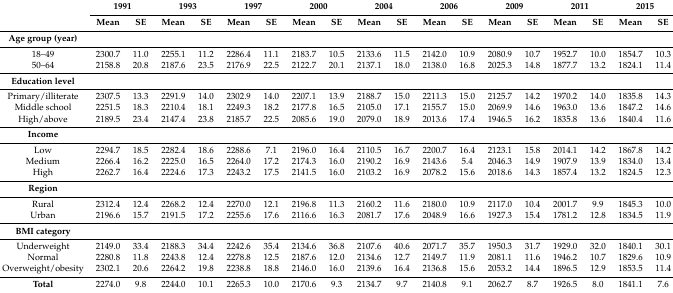
<table><thead><tr><td rowspan="2"></td><td colspan="2"><b>1991</b></td><td colspan="2"><b>1993</b></td><td colspan="2"><b>1997</b></td><td colspan="2"><b>2000</b></td><td colspan="2"><b>2004</b></td><td colspan="2"><b>2006</b></td><td colspan="2"><b>2009</b></td><td colspan="2"><b>2011</b></td><td colspan="2"><b>2015</b></td></tr><tr><td><b>Mean</b></td><td><b>SE</b></td><td><b>Mean</b></td><td><b>SE</b></td><td><b>Mean</b></td><td><b>SE</b></td><td><b>Mean</b></td><td><b>SE</b></td><td><b>Mean</b></td><td><b>SE</b></td><td><b>Mean</b></td><td><b>SE</b></td><td><b>Mean</b></td><td><b>SE</b></td><td><b>Mean</b></td><td><b>SE</b></td><td><b>Mean</b></td><td><b>SE</b></td></tr></thead><tbody><tr><td><b>Age group (year)</b></td><td></td><td></td><td></td><td></td><td></td><td></td><td></td><td></td><td></td><td></td><td></td><td></td><td></td><td></td><td></td><td></td><td></td><td></td></tr><tr><td>18–49</td><td>2300.7</td><td>11.0</td><td>2255.1</td><td>11.2</td><td>2286.4</td><td>11.1</td><td>2183.7</td><td>10.5</td><td>2133.6</td><td>11.5</td><td>2142.0</td><td>10.9</td><td>2080.9</td><td>10.7</td><td>1952.7</td><td>10.0</td><td>1854.7</td><td>10.3</td></tr><tr><td>50–64</td><td>2158.8</td><td>20.8</td><td>2187.6</td><td>23.5</td><td>2176.9</td><td>22.5</td><td>2122.7</td><td>20.1</td><td>2137.1</td><td>18.0</td><td>2138.0</td><td>16.8</td><td>2025.3</td><td>14.8</td><td>1877.7</td><td>13.2</td><td>1824.1</td><td>11.4</td></tr><tr><td><b>Education level</b></td><td></td><td></td><td></td><td></td><td></td><td></td><td></td><td></td><td></td><td></td><td></td><td></td><td></td><td></td><td></td><td></td><td></td><td></td></tr><tr><td>Primary/illiterate</td><td>2307.5</td><td>13.3</td><td>2291.9</td><td>14.0</td><td>2302.9</td><td>14.0</td><td>2207.1</td><td>13.9</td><td>2188.7</td><td>15.0</td><td>2211.3</td><td>15.0</td><td>2125.7</td><td>14.2</td><td>1970.2</td><td>14.0</td><td>1835.8</td><td>14.3</td></tr><tr><td>Middle school</td><td>2251.5</td><td>18.3</td><td>2210.4</td><td>18.1</td><td>2249.3</td><td>18.2</td><td>2177.8</td><td>16.5</td><td>2105.0</td><td>17.1</td><td>2155.7</td><td>15.0</td><td>2069.9</td><td>14.6</td><td>1963.0</td><td>13.6</td><td>1847.2</td><td>14.6</td></tr><tr><td>High/above</td><td>2189.5</td><td>23.4</td><td>2147.4</td><td>23.8</td><td>2185.7</td><td>22.5</td><td>2085.6</td><td>19.0</td><td>2079.0</td><td>18.9</td><td>2013.6</td><td>17.4</td><td>1946.5</td><td>16.2</td><td>1835.8</td><td>13.6</td><td>1840.4</td><td>11.6</td></tr><tr><td><b>Income</b></td><td></td><td></td><td></td><td></td><td></td><td></td><td></td><td></td><td></td><td></td><td></td><td></td><td></td><td></td><td></td><td></td><td></td><td></td></tr><tr><td>Low</td><td>2294.7</td><td>18.5</td><td>2282.4</td><td>18.6</td><td>2288.6</td><td>7.1</td><td>2196.0</td><td>16.4</td><td>2110.5</td><td>16.7</td><td>2200.7</td><td>16.4</td><td>2123.1</td><td>15.8</td><td>2014.1</td><td>14.2</td><td>1867.8</td><td>14.2</td></tr><tr><td>Medium</td><td>2266.4</td><td>16.2</td><td>2225.0</td><td>16.5</td><td>2264.0</td><td>17.2</td><td>2174.3</td><td>16.0</td><td>2190.2</td><td>16.9</td><td>2143.6</td><td>5.4</td><td>2046.3</td><td>14.9</td><td>1907.9</td><td>13.9</td><td>1834.0</td><td>13.4</td></tr><tr><td>High</td><td>2262.7</td><td>16.4</td><td>2224.6</td><td>17.3</td><td>2243.2</td><td>17.5</td><td>2141.5</td><td>16.0</td><td>2103.2</td><td>16.9</td><td>2078.2</td><td>15.6</td><td>2018.6</td><td>14.3</td><td>1857.4</td><td>13.2</td><td>1824.5</td><td>12.3</td></tr><tr><td><b>Region</b></td><td></td><td></td><td></td><td></td><td></td><td></td><td></td><td></td><td></td><td></td><td></td><td></td><td></td><td></td><td></td><td></td><td></td><td></td></tr><tr><td>Rural</td><td>2312.4</td><td>12.4</td><td>2268.2</td><td>12.4</td><td>2270.0</td><td>12.1</td><td>2196.8</td><td>11.3</td><td>2160.2</td><td>11.6</td><td>2180.0</td><td>10.9</td><td>2117.0</td><td>10.4</td><td>2001.7</td><td>9.9</td><td>1845.3</td><td>10.0</td></tr><tr><td>Urban</td><td>2196.6</td><td>15.7</td><td>2191.5</td><td>17.2</td><td>2255.6</td><td>17.6</td><td>2116.6</td><td>16.3</td><td>2081.7</td><td>17.6</td><td>2048.9</td><td>16.6</td><td>1927.3</td><td>15.4</td><td>1781.2</td><td>12.8</td><td>1834.5</td><td>11.9</td></tr><tr><td><b>BMI category</b></td><td></td><td></td><td></td><td></td><td></td><td></td><td></td><td></td><td></td><td></td><td></td><td></td><td></td><td></td><td></td><td></td><td></td><td></td></tr><tr><td>Underweight</td><td>2149.0</td><td>33.4</td><td>2188.3</td><td>34.4</td><td>2242.6</td><td>35.4</td><td>2134.6</td><td>36.8</td><td>2107.6</td><td>40.6</td><td>2071.7</td><td>35.7</td><td>1950.3</td><td>31.7</td><td>1929.0</td><td>32.0</td><td>1840.1</td><td>30.1</td></tr><tr><td>Normal</td><td>2280.8</td><td>11.8</td><td>2243.8</td><td>12.4</td><td>2278.8</td><td>12.5</td><td>2187.6</td><td>12.0</td><td>2134.6</td><td>12.7</td><td>2149.7</td><td>11.9</td><td>2081.1</td><td>11.6</td><td>1946.2</td><td>10.7</td><td>1829.6</td><td>10.9</td></tr><tr><td>Overweight/obesity</td><td>2302.1</td><td>20.6</td><td>2264.2</td><td>19.8</td><td>2238.8</td><td>18.8</td><td>2146.0</td><td>16.0</td><td>2139.6</td><td>16.4</td><td>2136.8</td><td>15.6</td><td>2053.2</td><td>14.4</td><td>1896.5</td><td>12.9</td><td>1853.5</td><td>11.4</td></tr><tr><td><b>Total</b></td><td>2274.0</td><td>9.8</td><td>2244.0</td><td>10.1</td><td>2265.3</td><td>10.0</td><td>2170.6</td><td>9.3</td><td>2134.7</td><td>9.7</td><td>2140.8</td><td>9.1</td><td>2062.7</td><td>8.7</td><td>1926.5</td><td>8.0</td><td>1841.1</td><td>7.6</td></tr></tbody></table>